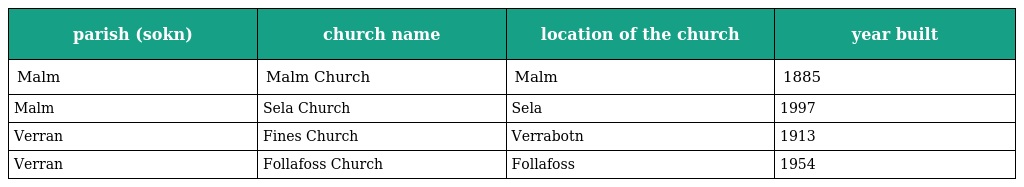
| parish (sokn) | church name | location of the church | year built |
 | --- | --- | --- | --- |
 | Malm | Malm Church | Malm | 1885 |
 | Malm | Sela Church | Sela | 1997 |
 | Verran | Fines Church | Verrabotn | 1913 |
 | Verran | Follafoss Church | Follafoss | 1954 |